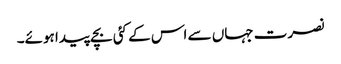
نصرت جہاں سے اس کے کئی بچے پیدا ہوئے۔